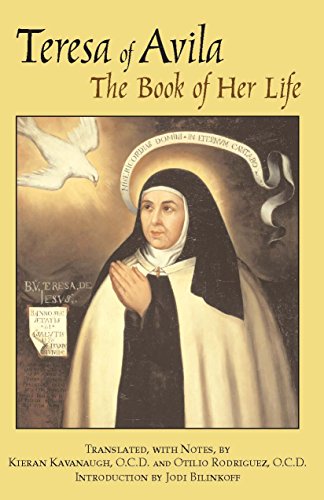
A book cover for Teresa of Avila: The Book of Her Life; Teresa of Avila; Christian Books & Bibles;